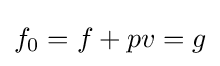
f_{0}=f+pv=g